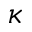
\kappa